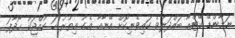
ނަމާންޑޭ ކޭޓްއާ ބައްދަލުވެ ކައިވެނިކޮށް އޭނާއާ އެކު އިތުރު ހަ ކުއްޖަކު ހޯދާފަ